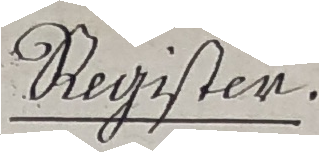
Register.